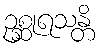
ဥစ္ဆုရသန္တိ